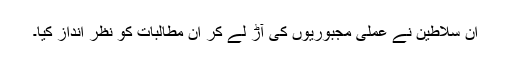
ان سلاطین نے عملی مجبوریوں کی آڑ لے کر ان مطالبات کو نظر انداز کیا۔